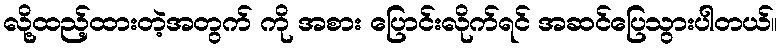
လို့ထည့်ထားတဲ့အတွက် ကို အစား ပြောင်းလိုက်ရင် အဆင်ပြေသွားပါတယ်။